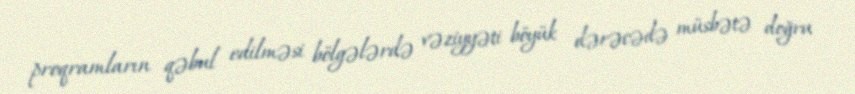
proqramların qəbul edilməsi bölgələrdə vəziyyəti böyük dərəcədə müsbətə doğru